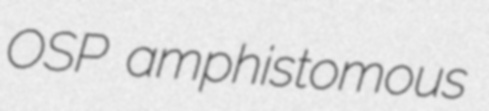
OSP amphistomous